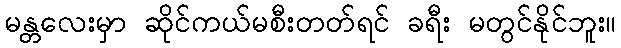
မန္တလေးမှာ ဆိုင်ကယ်မစီးတတ်ရင် ခရီး မတွင်နိုင်ဘူး။